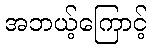
အဘယ့်ကြောင့်